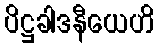
ပိဋ္ဌခါဒနီယေဟိ